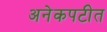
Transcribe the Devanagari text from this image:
अनेकपटीत